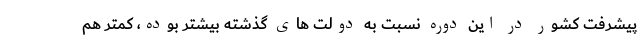
پیشرفت کشور در این دوره نسبت به دولت های گذشته بیشتر بوده، کمتر هم